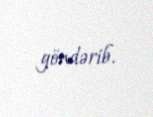
göndərib.